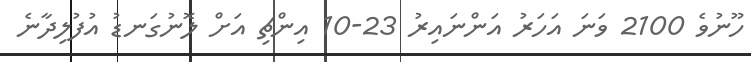
ހޫނުވެ 2100 ވަނަ އަހަރު އަންނައިރު 23-10 އިންޗި އަށް ލޮނުގަނޑު އުފުލިދާނެ